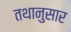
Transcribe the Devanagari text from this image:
तथानुसार